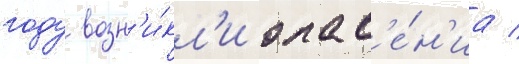
году возн'и́кл'и опас'е́н'иа /